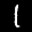
Label: 1